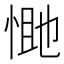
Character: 𭝔